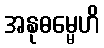
အနုဓမ္မေဟိ